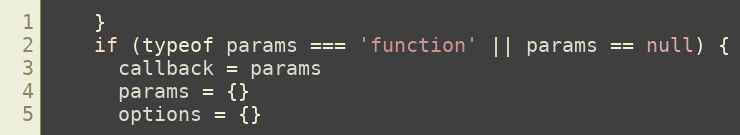
Language: JavaScript
    }
    if (typeof params === 'function' || params == null) {
      callback = params
      params = {}
      options = {}